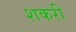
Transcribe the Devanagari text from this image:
शकरी